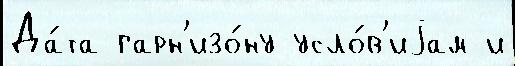
Да́та гарн'изо́ну усло́в'иjам и